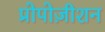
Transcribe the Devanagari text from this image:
प्रोपोज़ीशन